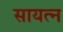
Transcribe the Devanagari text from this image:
सायत्न